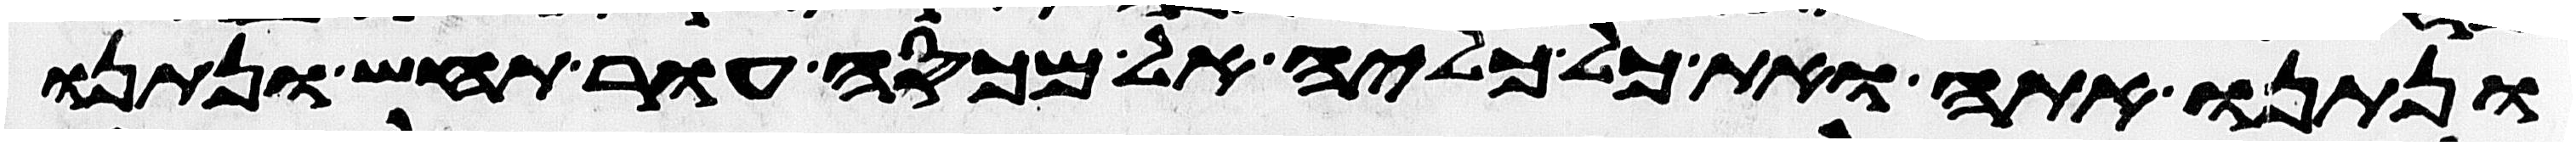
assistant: ונתנו אתה ואת כל כליה אל מכסה עור תחש ונתנו